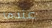
عندما